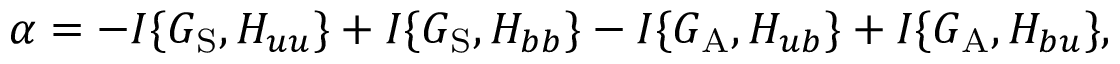
\alpha = - I \{ { G _ { \mathrm { { S } } } , H _ { u u } } \} + I \{ { G _ { \mathrm { { S } } } , H _ { b b } } \} - I \{ { G _ { \mathrm { { A } } } , H _ { u b } } \} + I \{ { G _ { \mathrm { { A } } } , H _ { b u } } \} ,